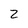
Character: Z